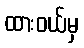
ထားဝယ်မှ